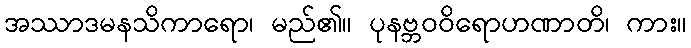
အဿာဒမနသိကာရော၊ မည်၏။ ပုနဗ္ဘဝဝိရောဟဏာတိ၊ ကား။